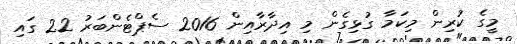
މީގެ ކުރިން މިކަމާ ގުޅިގެން މި އިދާރާއިން 2016 ސެޕްޓެންބަރު 22 ގައި